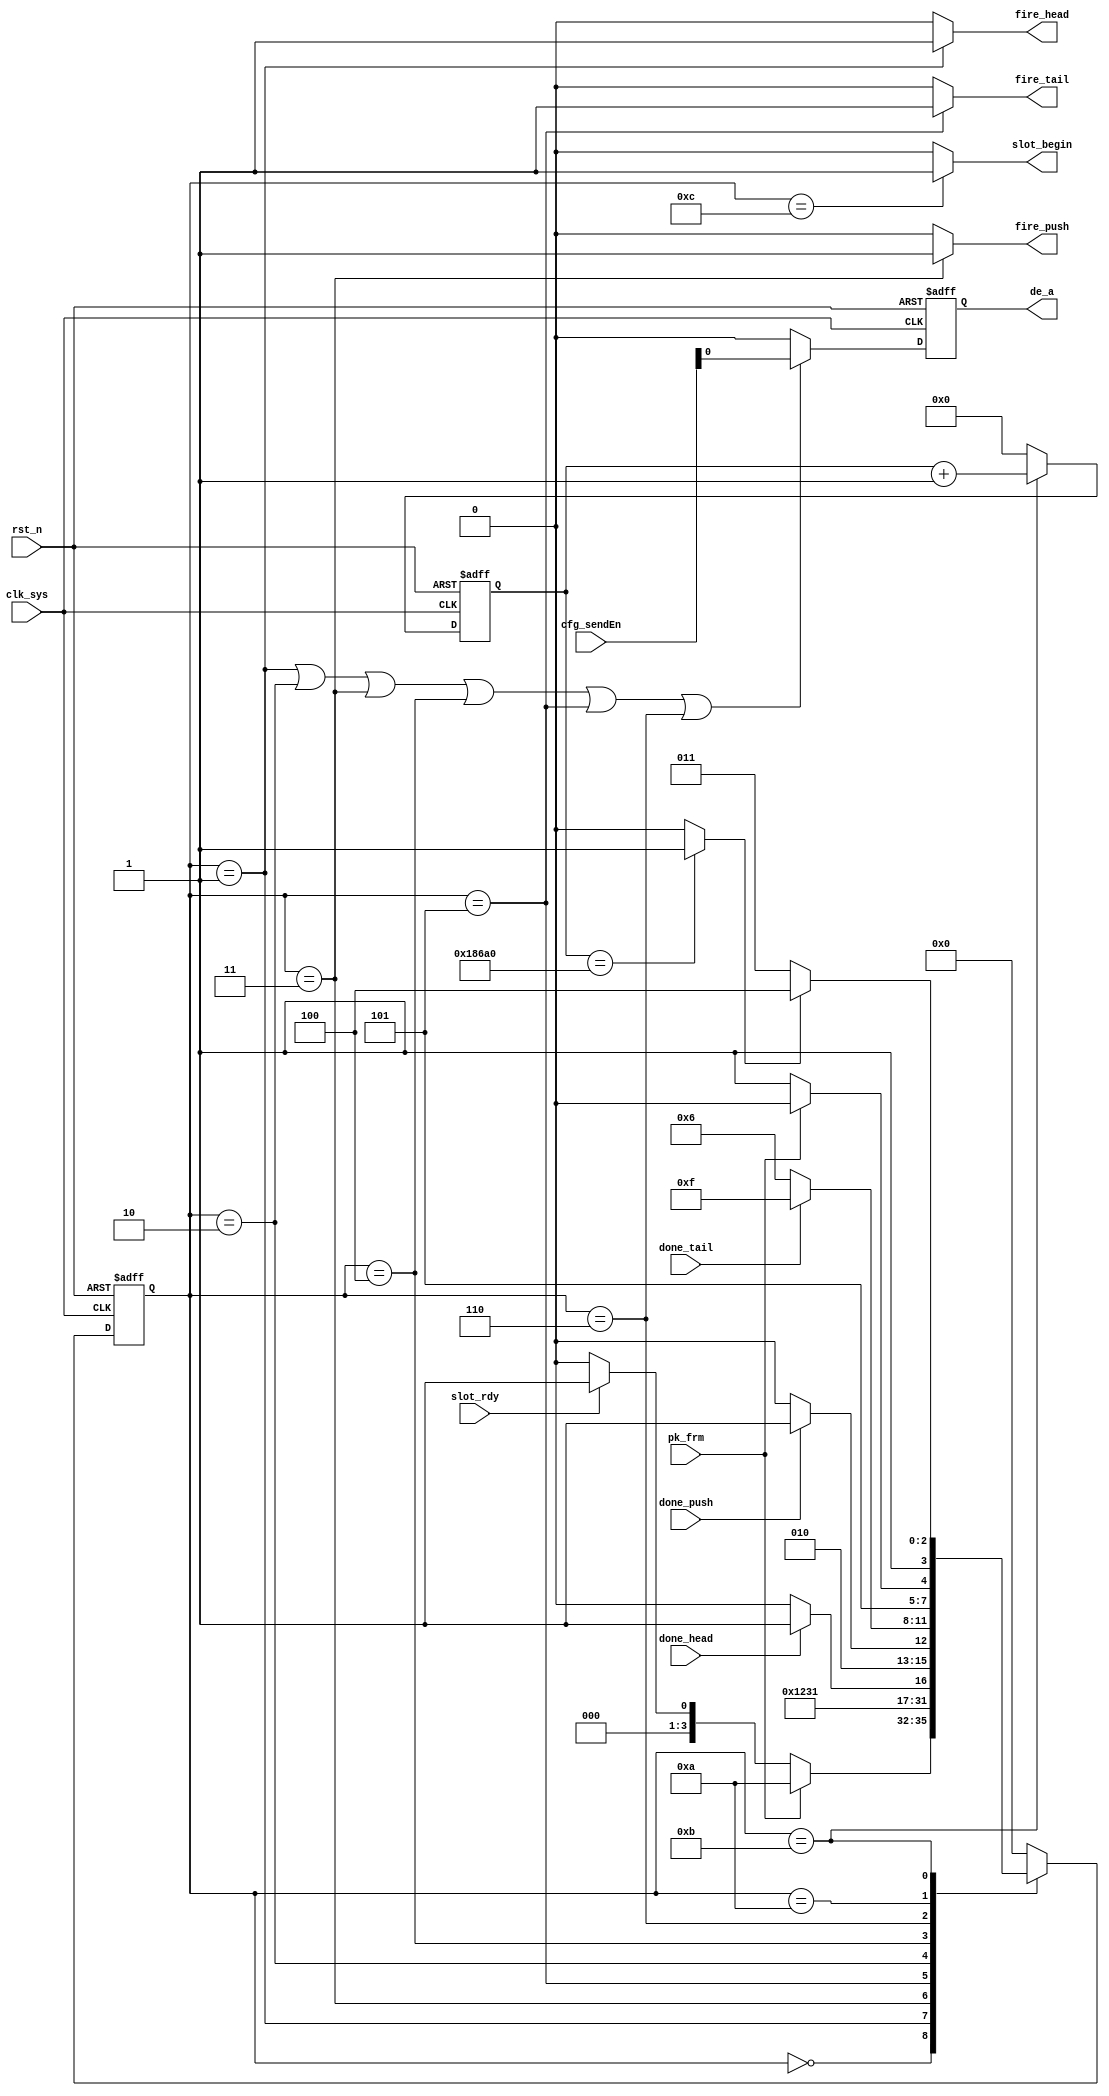
//commu_main.v

module commu_main(
de_a,
//control signal
fire_head,
fire_push,
fire_tail,
done_head,
done_push,
done_tail,
//env
pk_frm,
slot_rdy,
slot_begin,
cfg_sendEn,
//clk rst
clk_sys,
rst_n
);
output de_a;
//control signal
output fire_head;
output fire_push;
output fire_tail;
input done_head;
input done_push;
input done_tail;
//env
input pk_frm;
input slot_rdy;
output slot_begin;
input [7:0]	cfg_sendEn;
//clk rst
input clk_sys;
input rst_n;
//------------------------------------------
//------------------------------------------



//------------ main FSM -------------
parameter S_IDLE = 4'h0;
parameter S_BUF = 4'ha;
parameter S_BUF2 = 4'hb;
parameter S_SLOT = 4'hc;
parameter S_FIRE_H = 4'h1;
parameter S_WAIT_H = 4'h2;
parameter S_FIRE_P = 4'h3;
parameter S_WAIT_P = 4'h4;
parameter S_FIRE_T = 4'h5;
parameter S_WAIT_T = 4'h6;
parameter S_DONE = 4'hf;
reg [3:0] st_commu_main;
wire finish_buf2;
always @ (posedge clk_sys or negedge rst_n)	begin
	if(~rst_n)
		st_commu_main <= S_IDLE;
	else begin
		case(st_commu_main)
			S_IDLE : st_commu_main <= pk_frm ? S_BUF : 
																slot_rdy ? S_FIRE_H : S_IDLE;
			S_FIRE_H : st_commu_main <= S_WAIT_H;
			S_FIRE_P : st_commu_main <= S_WAIT_P;
			S_FIRE_T : st_commu_main <= S_WAIT_T;
			S_WAIT_H : st_commu_main <= done_head ? S_FIRE_P : S_WAIT_H;
			S_WAIT_P : st_commu_main <= done_push ? S_FIRE_T : S_WAIT_P;
			S_WAIT_T : st_commu_main <= done_tail ? S_DONE : S_WAIT_T;
			S_BUF  : st_commu_main <= (~pk_frm) ? S_BUF2 : S_BUF;
			S_BUF2 : st_commu_main <= finish_buf2 ? S_SLOT : S_BUF2;
			S_SLOT : st_commu_main <= S_IDLE;
			S_DONE : st_commu_main <= S_IDLE;
			default : st_commu_main <= S_IDLE;
		endcase
	end
end


reg de_a;
always @ (posedge clk_sys or negedge rst_n)	begin
	if(~rst_n)
		de_a <= 1'b0;
	else if((st_commu_main == S_FIRE_H) | (st_commu_main == S_WAIT_H) |
					(st_commu_main == S_FIRE_P) | (st_commu_main == S_WAIT_P) |
					(st_commu_main == S_FIRE_T) | (st_commu_main == S_WAIT_T) ) 
		de_a <= cfg_sendEn[0];
	else 
		de_a <= 1'b0;
end


//--------- FSM buf2 -------
reg [31:0] cnt_buf2;
always @ (posedge clk_sys or negedge rst_n)	begin
	if(~rst_n)
		cnt_buf2 <= 32'h0;
	else if(st_commu_main == S_BUF2)
		cnt_buf2 <= cnt_buf2 + 32'h1;
	else 
		cnt_buf2 <= 32'h0;
end
`ifdef SIM
assign finish_buf2 = (cnt_buf2 == 32'd1_00) ? 1'b1 :1'b0;
`else 
assign finish_buf2 = (cnt_buf2 == 32'd1_000_00) ? 1'b1 : 1'b0;
`endif 


//--------- slot begin ---------
wire slot_begin;
assign slot_begin = (st_commu_main == S_SLOT) ? 1'b1 : 1'b0;


//---------- control singal ----------
wire fire_head;
wire fire_push;
wire fire_tail; 
assign fire_head = (st_commu_main == S_FIRE_H) ? 1'b1 : 1'b0;
assign fire_push = (st_commu_main == S_FIRE_P) ? 1'b1 : 1'b0;
assign fire_tail = (st_commu_main == S_FIRE_T) ? 1'b1 : 1'b0;



endmodule